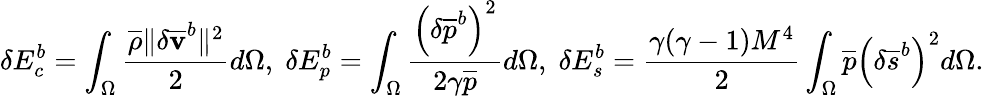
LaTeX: \delta E_{c}^{b}=\int_{\Omega}\frac{\overline{{\rho}}\| \delta{\mathbf{\overline{{v}}}}^{b}\| ^{2}}{2}d\Omega,\; \delta E_{p}^{b}=\int_{\Omega}\frac{\left(\delta\overline{{p}}^{b}\right)^{2}}{2\gamma\overline{{p}}}d\Omega,\; \delta E_{s}^{b}=\frac{\gamma(\gamma-1)M^{4}}{2}\int_{\Omega}\overline{{p}}\left(\delta{{\overline{{s}}}}^{b}\right)^{2}d\Omega.